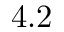
4 . 2